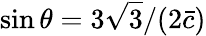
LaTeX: \sin\theta=3\sqrt{3}/(2\bar{c})